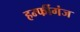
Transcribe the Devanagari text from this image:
हर्म्फीगंज